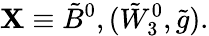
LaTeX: \mathbf{X}\equiv{\tilde{{B}}^{0}},({\tilde{{W}}_{3}^{0}},{\tilde{{g}}}).